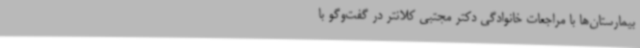
بیمارستان‌ها با مراجعات خانوادگی دکتر مجتبی کلانتر در گفت‌وگو با